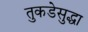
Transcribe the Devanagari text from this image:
तुकडेसुद्धा